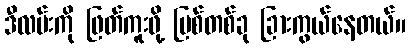
ဒီလမ်းကို ဖြတ်ကူးဖို့ မြစ်တစ်ခု ခြားကွယ်နေတယ်။